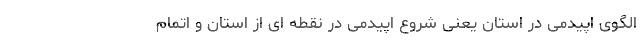
الگوی اپیدمی در استان یعنی شروع اپیدمی در نقطه ای از استان و اتمام